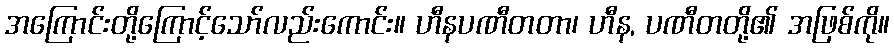
အကြောင်းတို့ကြောင့်သော်လည်းကောင်း။ ဟီနပဏီတတာ၊ ဟီန, ပဏီတတို့၏ အဖြစ်ကို။